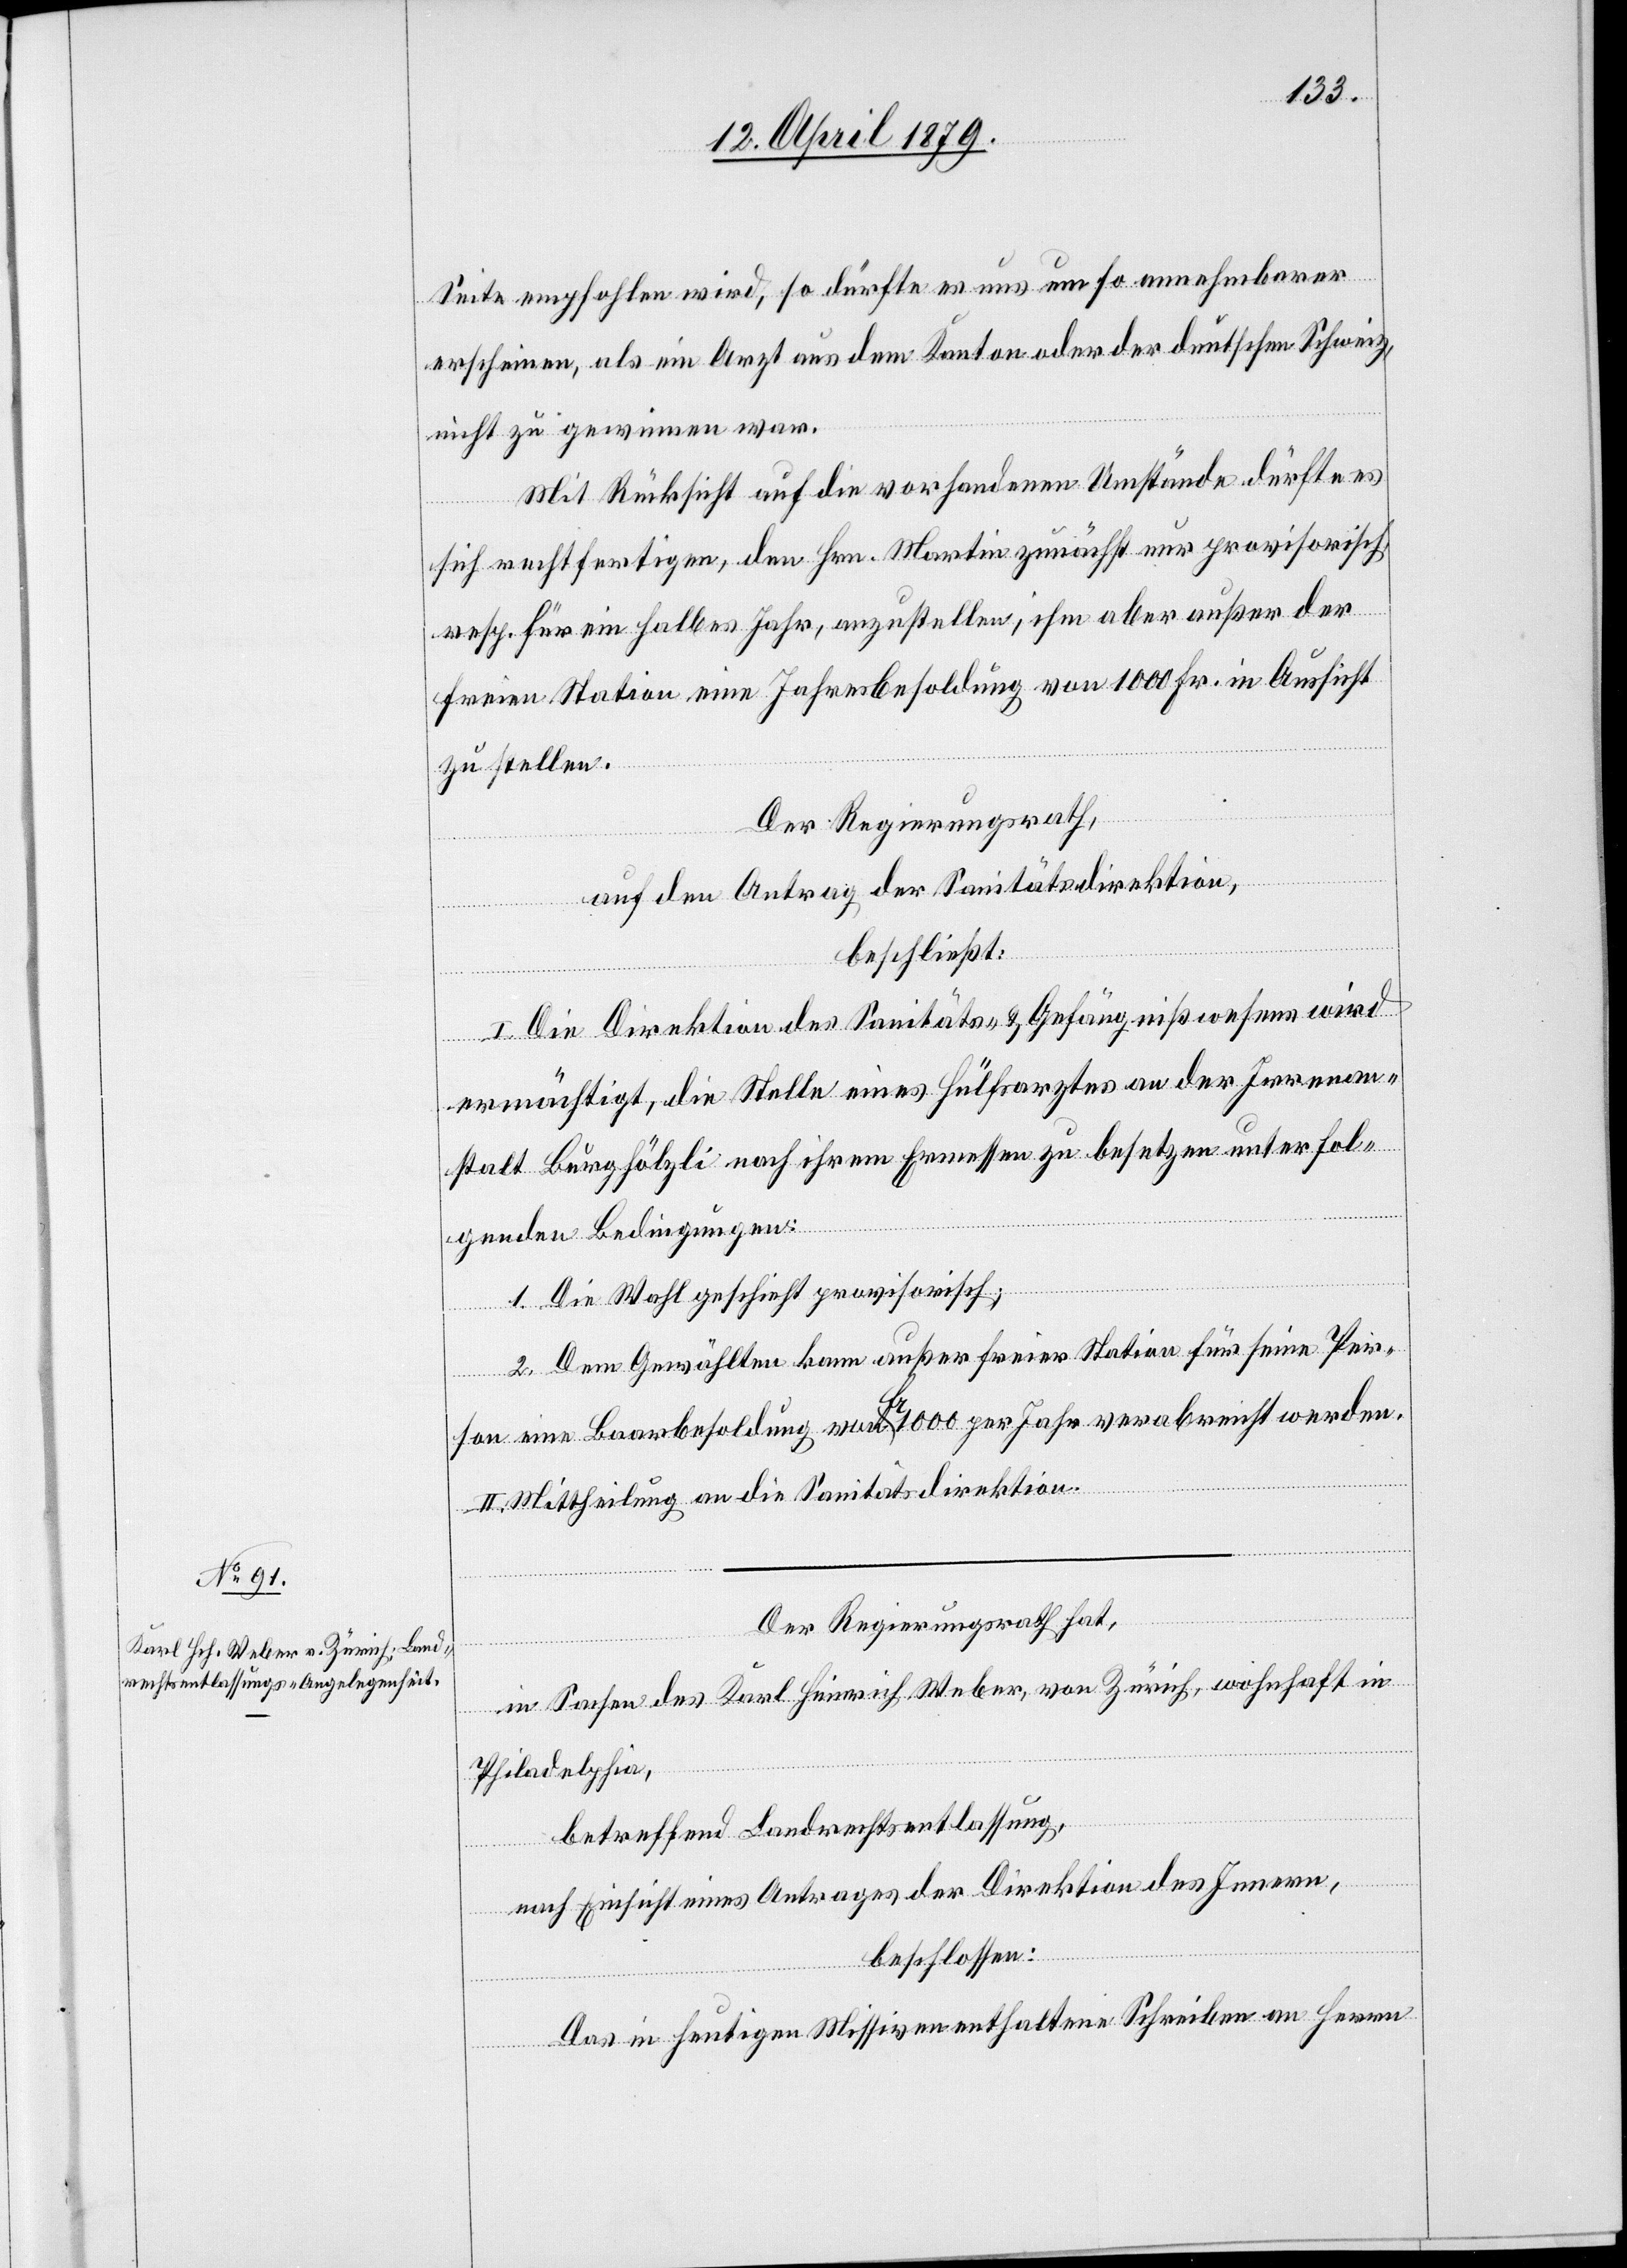
Seite empfohlen wird, so dürfte es uns um so annehmbarer
erscheinen, als ein Arzt aus dem Kanton oder der deutschen Schweiz,
nicht zu gewinnen war.
Mit Rücksicht auf die vorhandenen Umstände dürfte es
sich rechtfertigen, den Hrn. Martin zunächst nur provisorisch
resp. für ein halbes Jahr, anzustellen, ihm aber außer der
freien Station eine Jahresbesoldung von 1000 Fr. in Aussicht
zu stellen.
Der Regierungsrath,
auf den Antrag der Sanitätsdirektion,
beschließt:
I. Die Direktion des Sanitäts- & Gefängnißwesens wird
ermächtigt, die Stelle eines Hülfsarztes an der Irrenan¬
stalt Burghölzli nach ihrem Ermessen zu besetzen unter fol¬
genden Bedingungen:
1. Die Wahl geschieht provisorisch;
2. Dem Gewählten kann außer freier Station für seine Per¬
son eine Baarbesoldung von Fr. 1000 per Jahr verabreicht werden.
II. Mittheilung an die Sanitätsdirektion.
Der Regierungsrath hat,
in Sachen des Karl Heinrich Weber, von Zürich, wohnhaft in
Philadelphia,
betreffend Landrechtsentlassung,
nach Einsicht eines Antrages der Direktion des Innern,
beschlossen:
Das in heutigen Missiven enthaltene Schreiben an Herrn